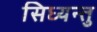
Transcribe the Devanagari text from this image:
सिध्यन्तु